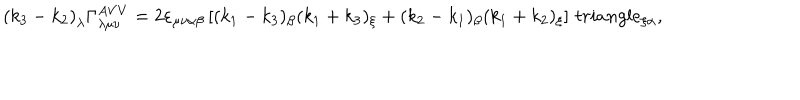
LaTeX: \left( k _ { 3 } - k _ { 2 } \right) _ { \lambda } \Gamma _ { \lambda \mu \nu } ^ { A V V } = 2 \varepsilon _ { \mu \nu \alpha \beta } \left[ ( k _ { 1 } - k _ { 3 } ) _ { \beta } ( k _ { 1 } + k _ { 3 } ) _ { \xi } + ( k _ { 2 } - k _ { 1 } ) _ { \beta } ( k _ { 1 } + k _ { 2 } ) _ { \xi } \right] \, t r i a n g l e _ { \xi \alpha } ,